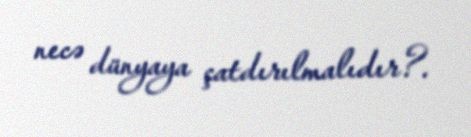
necə dünyaya çatdırılmalıdır?.